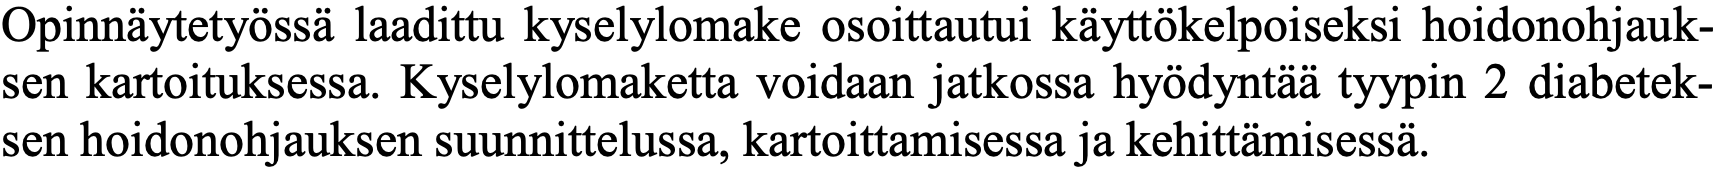
Opinnäytetyössä laadittu kyselylomake osoittautui käyttökelpoiseksi hoidonohjauk- sen kartoituksessa. Kyselylomaketta voidaan jatkossa hyödyntää tyypin 2 diabetek- sen hoidonohjauksen suunnittelussa, kartoittamisessa ja kehittämisessä.